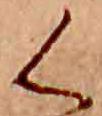
く